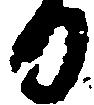
る